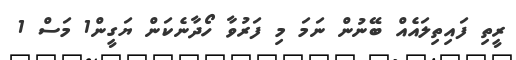
ރީތި ފައިތިލައެއް ބޭނުން ނަމަ މި ފަރުވާ ހޯދާނެކަން ޔަގީން1 މަސް 1